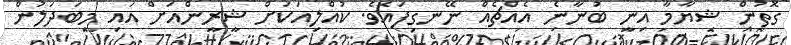
ގޮތުން ޝިޔާމާ އިނީ ބުނާނެ އެއްޗެއް ނޭނގިފައެވެ. ކުއްލިއަކަށް ޝީރީންއަށް އައި މިބަދަލުން